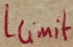
Text: Llimit